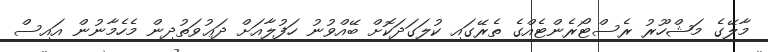
މާލޭގެ މަޝްހޫރު ރެސްޓޯރެންޓެއްގެ ތެރޭގައި ކުލަގަދަކޮށް ބޭއްވުނު ހަފުލާއަށް ދަޢުވަތުދިން މެހެމާނުން އައިސް